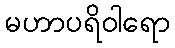
မဟာပရိဝါရော